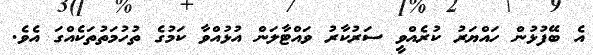
އެ ބޭފުޅުން ހައްޔަރު ކުރެއްވީ ސަރުކާރު ވައްޓާލަން އުޅުއްވާ ކަމުގެ ތުހުމަތުތަކެއްގަ އެވެ.